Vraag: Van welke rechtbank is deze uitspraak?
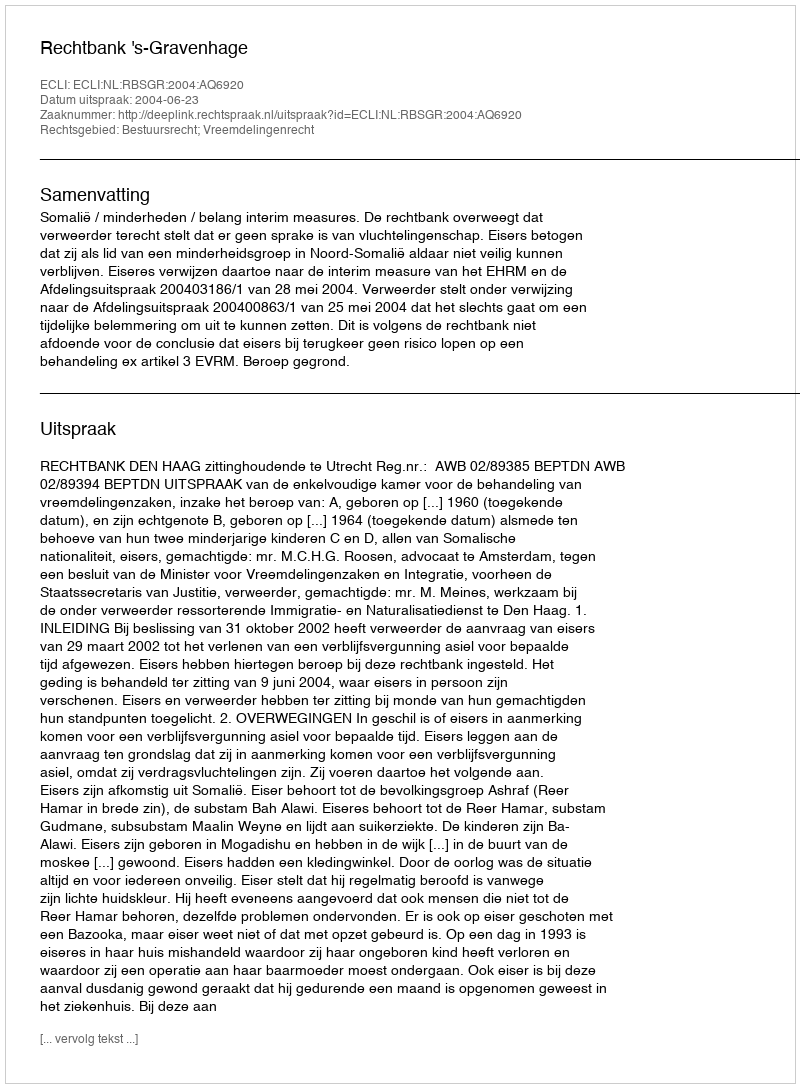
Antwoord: Rechtbank 's-Gravenhage